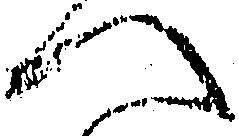
へ